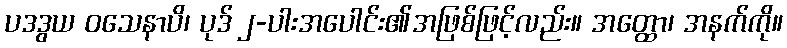
ပဒဒွယ ဝသေနာပိ၊ ပုဒ် ၂-ပါးအပေါင်း၏အဖြစ်ဖြင့်လည်း။ အတ္ထော၊ အနက်ကို။